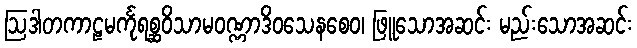
ဩဒါတကာဠမင်္ကုရစ္ဆဝိသာမဝဏ္ဏာဒိဝသေနစေဝ၊ ဖြူသောအဆင်း မည်းသောအဆင်း